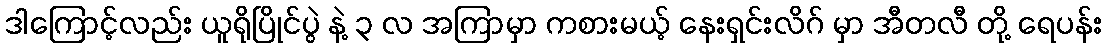
ဒါကြောင့်လည်း ယူရိုပြိုင်ပွဲ နဲ့ ၃ လ အကြာမှာ ကစားမယ့် နေးရှင်းလိဂ် မှာ အီတလီ တို့ ရေပန်း